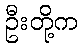
ဦးတို့က